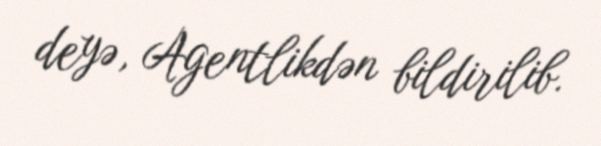
deyə, Agentlikdən bildirilib.